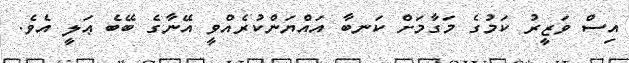
އިސް ވަޒީރު ކަމުގެ މަގާމަށް ކަނބާ އައްޔަންކުރެއްވީ އޭނާގެ ބޭބެ ޢަލީ އެވެ.